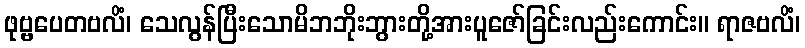
ဖုဗ္ဗပေတဗလိံ၊ သေလွန်ပြီးသောမိဘဘိုးဘွားတို့အားပူဇော်ခြင်းလည်းကောင်း။ ရာဇဗလိံ၊